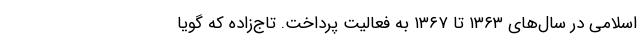
اسلامی در سال‌های ۱۳۶۳ تا ۱۳۶۷ به فعالیت پرداخت. تاج‌زاده که گویا